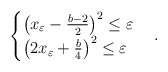
\begin{align*}\begin{cases}\left(x_\varepsilon-\frac{b-2}{2}\right)^{2}\leq\varepsilon\\\left(2x_\varepsilon+\frac{b}{4}\right)^{2}\leq\varepsilon\end{cases}.\end{align*}